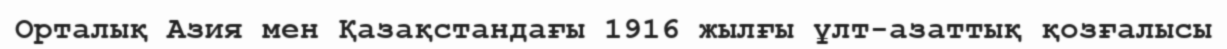
Орталық Азия мен Қазақстандағы 1916 жылғы ұлт-азаттық қозғалысы